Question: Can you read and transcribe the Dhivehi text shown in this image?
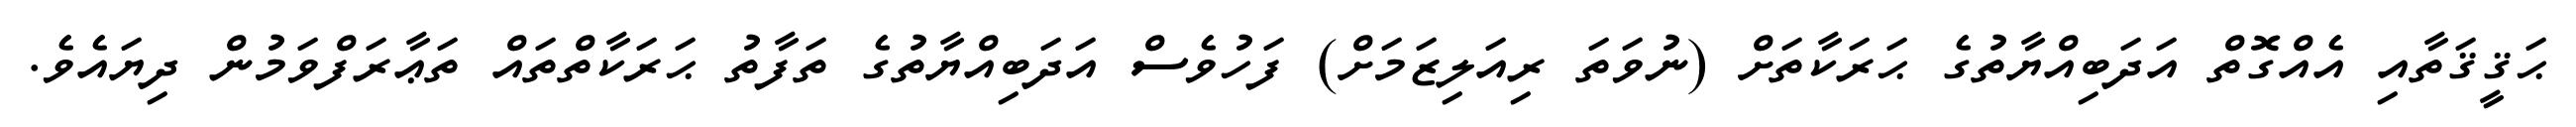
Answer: ޙަޤީޤަތާއި އެއްގޮތް އަދަބިއްޔާތުގެ ޙަރަކާތަށް (ނުވަތަ ރިއަލިޒަމަށް) ފަހުވެސް އަދަބިއްޔާތުގެ ތަފާތު ޙަރަކާތްތައް ތަޢާރަފްވަމުން ދިޔައެވެ.